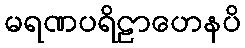
မရဏပရိဠာဟေနပိ